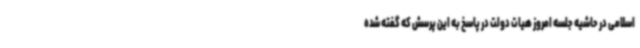
اسلامی در حاشیه جلسه امروز هیات دولت در پاسخ به این پرسش که گفته شده